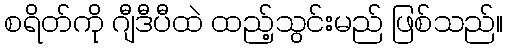
စရိတ်ကို ဂျီဒီပီထဲ ထည့်သွင်းမည် ဖြစ်သည်။